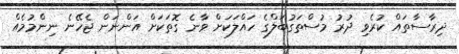
ދިރާސާތައް ކުރެވި ދުރު މުސްތަގުބަލްގެ ހައްލަކަށް ވާނެ ގޮތަކަށް އަންނަން ޖެހޭނެ ނިންމުމެއް